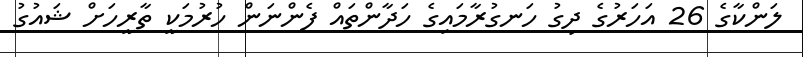
ލަންކާގެ 26 އަހަރުގެ ދިގު ހަނގުރާމައިގެ ހަދާންތައް ފެންނަން ހުރުމަކީ ތާރީހަށް ޝައުގު